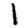
Digit: 1